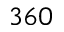
3 6 0